Madras plague regulations in force outside the Presidency town - Volume 5
Disease focus: Plague
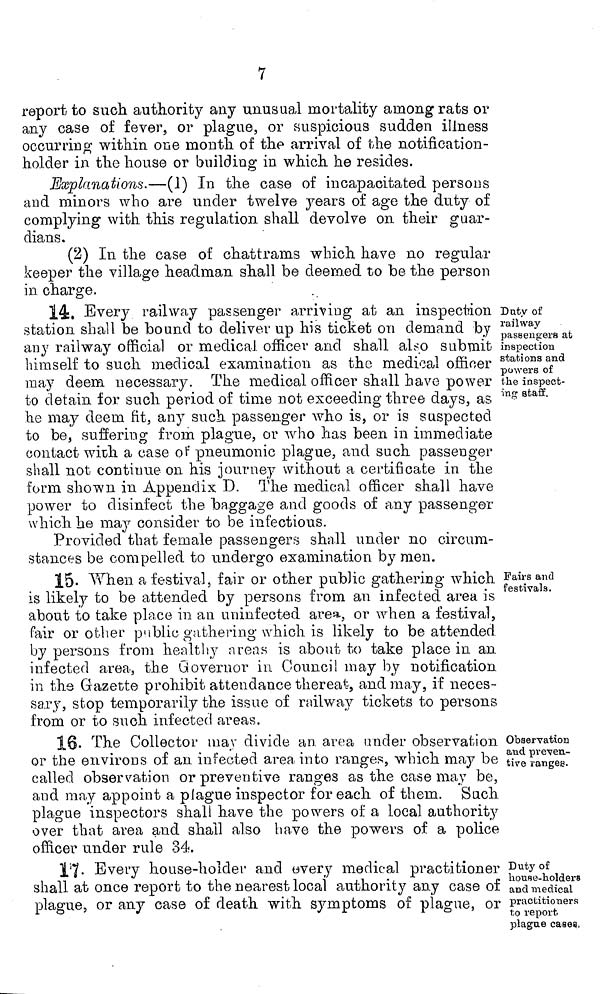
7
report to such authority any unusual mortality among rats or
any case of fever, or plague, or suspicious sudden illness
occurring within one mouth, of the arrival of the notification-
holder in the house or building in which he resides.
Explanations.—(1) In the case of incapacitated persons
and minors who are under twelve years of age the duty of
complying with this regulation shall devolve on their guar-
dians.
(2) In the case of chattrams which have no regular
keeper the village headman shall be deemed to be the person
in charge.
Duty of
railway
passengers at
inspection
stations and
powers of
the inspect-
ing staff.
14. Every railway passenger arriving at an inspection
station shall be bound to deliver up his ticket on demand by
any railway official or medical officer and shall also submit
himself to such medical examination as the medical officer
may deem necessary. The medical officer shall have power
to detain for such period of time not exceeding three days, as
he may deem fit, any such passenger who is, or is suspected
to be, suffering from plague, or who has been in immediate
contact with a case of pneumonic plague, and such passenger
shall not continue on his journey without a certificate in the
form shown in Appendix D. The medical officer shall have
power to disinfect the baggage and goods of any passenger
which he may consider to be infectious.
Provided that female passengers shall under no circum-
stances be compelled to undergo examination by men.
Fairs and
festivals.
15. When a festival, fair or other public gathering which
is likely to be attended by persons from an infected area is
about to take place in an uninfected area, or when a festival,
fair or other public gathering which is likely to be attended
by persons from healthy areas is about to take place in an
infected area, the Governor in Council may by notification
in the Gazette prohibit attendance thereat, and may, if neces-
sary, stop temporarily the issue of railway tickets to persons
from or to such infected areas.
Observation
and preven-
tive rangée.
18. The Collector may divide an area under observation
or the environs of an infected area into ranges, which may be
called observation or preventive ranges as the case may be,
and may appoint a plague inspector for each of them. Such
plague inspectors shall have the powers of a local authority
over that area and shall also have the powers of a police
officer under rule 34.
Duty of
house-holders
and medical
practitioners
to report
plague cases,
17. Every house-holder and every medical practitioner
shall at once report to the nearest local authority any case of
plague, or any case of death with symptoms of plague, or